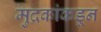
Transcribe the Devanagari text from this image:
मुद्रकांकडून